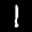
Label: 1